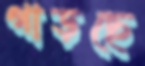
গাড়ছে